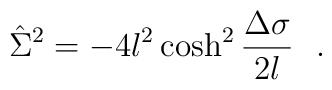
\hat{\Sigma}^2=-4l^2\cosh^2{\Delta\sigma \over 2l}~~.